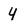
Character: 4